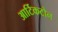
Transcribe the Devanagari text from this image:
आर्टिकटोन